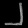
Digit: ၂